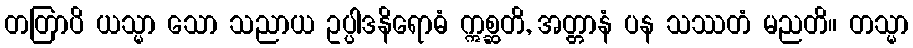
တတြာပိ ယသ္မာ သော သညာယ ဥပ္ပါဒနိရောဓံ ဣစ္ဆတိ, အတ္တာနံ ပန သဿတံ မညတိ။ တသ္မာ